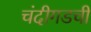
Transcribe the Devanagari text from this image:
चंदीगडची